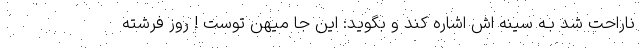
ناراحت شد بـه سینه اش اشاره کند و بگوید: این جا میهن توست ! روز فرشته